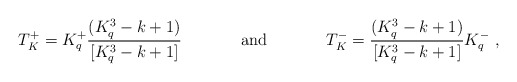
\begin{align*}T^+_K=K^+_q\frac{(K^3_q-k+1)}{[K^3_q-k+1]}\hspace{1.5cm}{\rm and}\hspace{1.5cm}T^-_K=\frac{(K^3_q-k+1)}{[K^3_q-k+1]}K^-_q\ ,\end{align*}